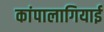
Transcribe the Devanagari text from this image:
कांपालागियाई